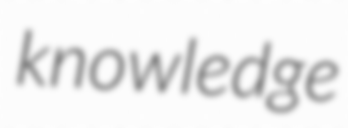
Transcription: knowledge